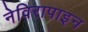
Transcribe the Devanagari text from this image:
नेविरापाइन